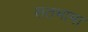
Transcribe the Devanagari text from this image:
सतभामा